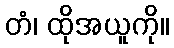
တံ၊ ထိုအယူကို။